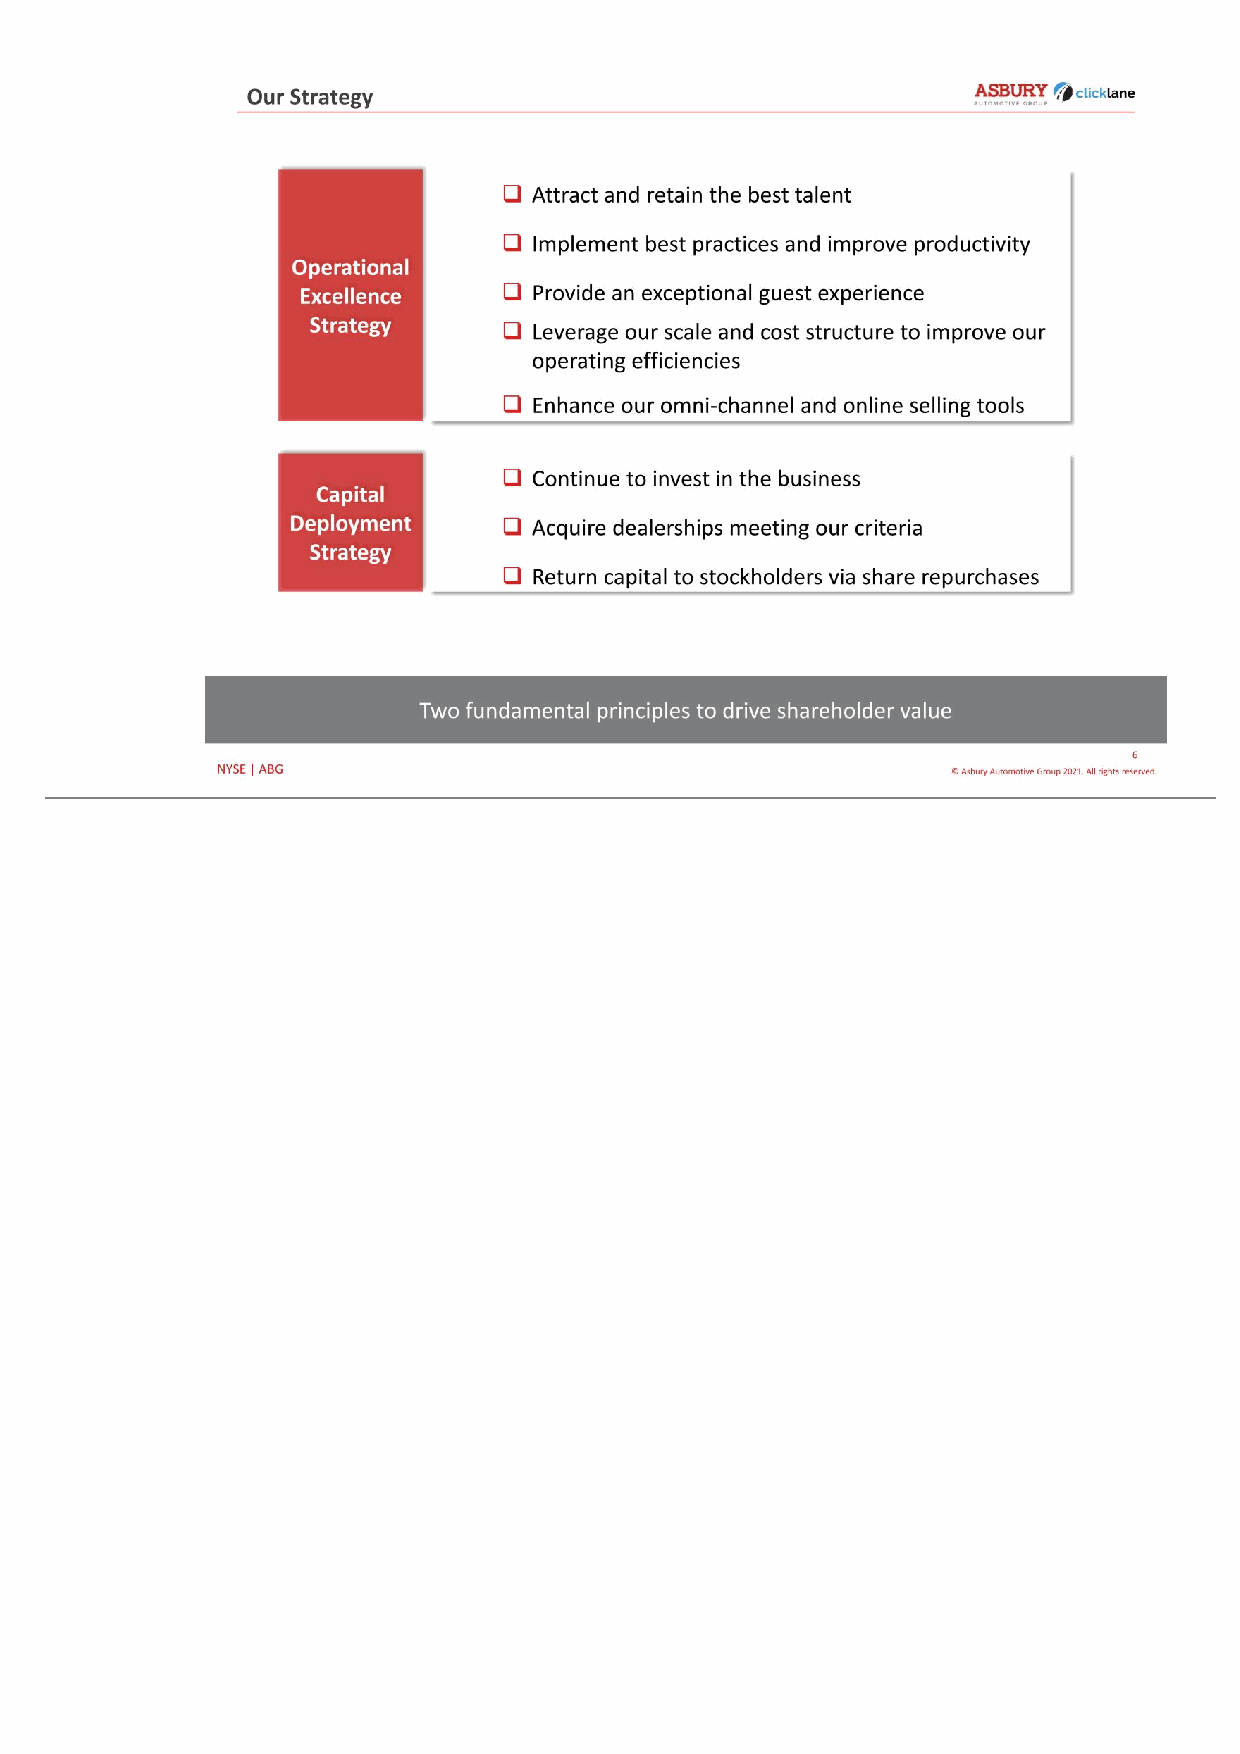
6 © Asbury Automotive Group 2021. All rights reserved.NYSE | ABG Our Strategy Two fundamental principles to drive shareholder value ❑ Attract and retain the best talent ❑ Implement best practices and improve productivity ❑ Provide an exceptional guest experience ❑ Leverage our scale and cost structure to improve our operating efficiencies ❑ Enhance our omni-channel and online selling tools ❑ Continue to invest in the business ❑ Acquire dealerships meeting our criteria ❑ Return capital to stockholders via share repurchases Operational Excellence Strategy Capital Deployment Strategy